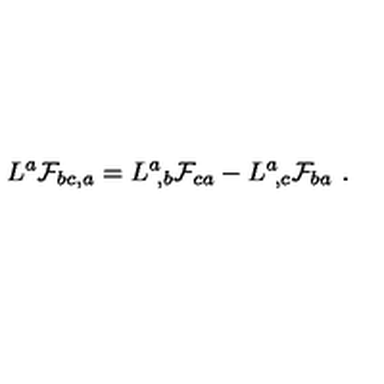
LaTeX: L ^ { a } { \cal F } _ { b c , a } = L ^ { a } \! _ { , b } { \cal F } _ { c a } - L ^ { a } \! _ { , c } { \cal F } _ { b a } \ .